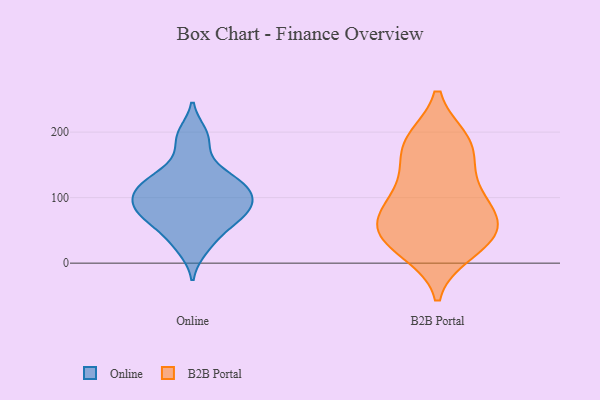
{"axis": {"x": "Market Share (%)", "y": "Value"}, "legend": ["B2B Portal", "Online"], "data": [{"x": "", "y": 75, "type": "Online"}, {"x": "", "y": 126, "type": "Online"}, {"x": "", "y": 127, "type": "Online"}, {"x": "", "y": 197, "type": "Online"}, {"x": "", "y": 105, "type": "Online"}, {"x": "", "y": 189, "type": "Online"}, {"x": "", "y": 87, "type": "Online"}, {"x": "", "y": 62, "type": "Online"}, {"x": "", "y": 76, "type": "Online"}, {"x": "", "y": 90, "type": "Online"}, {"x": "", "y": 102, "type": "Online"}, {"x": "", "y": 66, "type": "Online"}, {"x": "", "y": 120, "type": "Online"}, {"x": "", "y": 22, "type": "Online"}, {"x": "", "y": 37, "type": "Online"}, {"x": "", "y": 150, "type": "Online"}, {"x": "", "y": 113, "type": "Online"}, {"x": "", "y": 56, "type": "B2B Portal"}, {"x": "", "y": 128, "type": "B2B Portal"}, {"x": "", "y": 18, "type": "B2B Portal"}, {"x": "", "y": 163, "type": "B2B Portal"}, {"x": "", "y": 24, "type": "B2B Portal"}, {"x": "", "y": 92, "type": "B2B Portal"}, {"x": "", "y": 36, "type": "B2B Portal"}, {"x": "", "y": 79, "type": "B2B Portal"}, {"x": "", "y": 187, "type": "B2B Portal"}, {"x": "", "y": 184, "type": "B2B Portal"}, {"x": "", "y": 186, "type": "B2B Portal"}, {"x": "", "y": 51, "type": "B2B Portal"}, {"x": "", "y": 47, "type": "B2B Portal"}, {"x": "", "y": 72, "type": "B2B Portal"}, {"x": "", "y": 112, "type": "B2B Portal"}]}